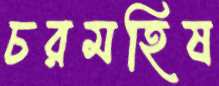
চরমহিষ